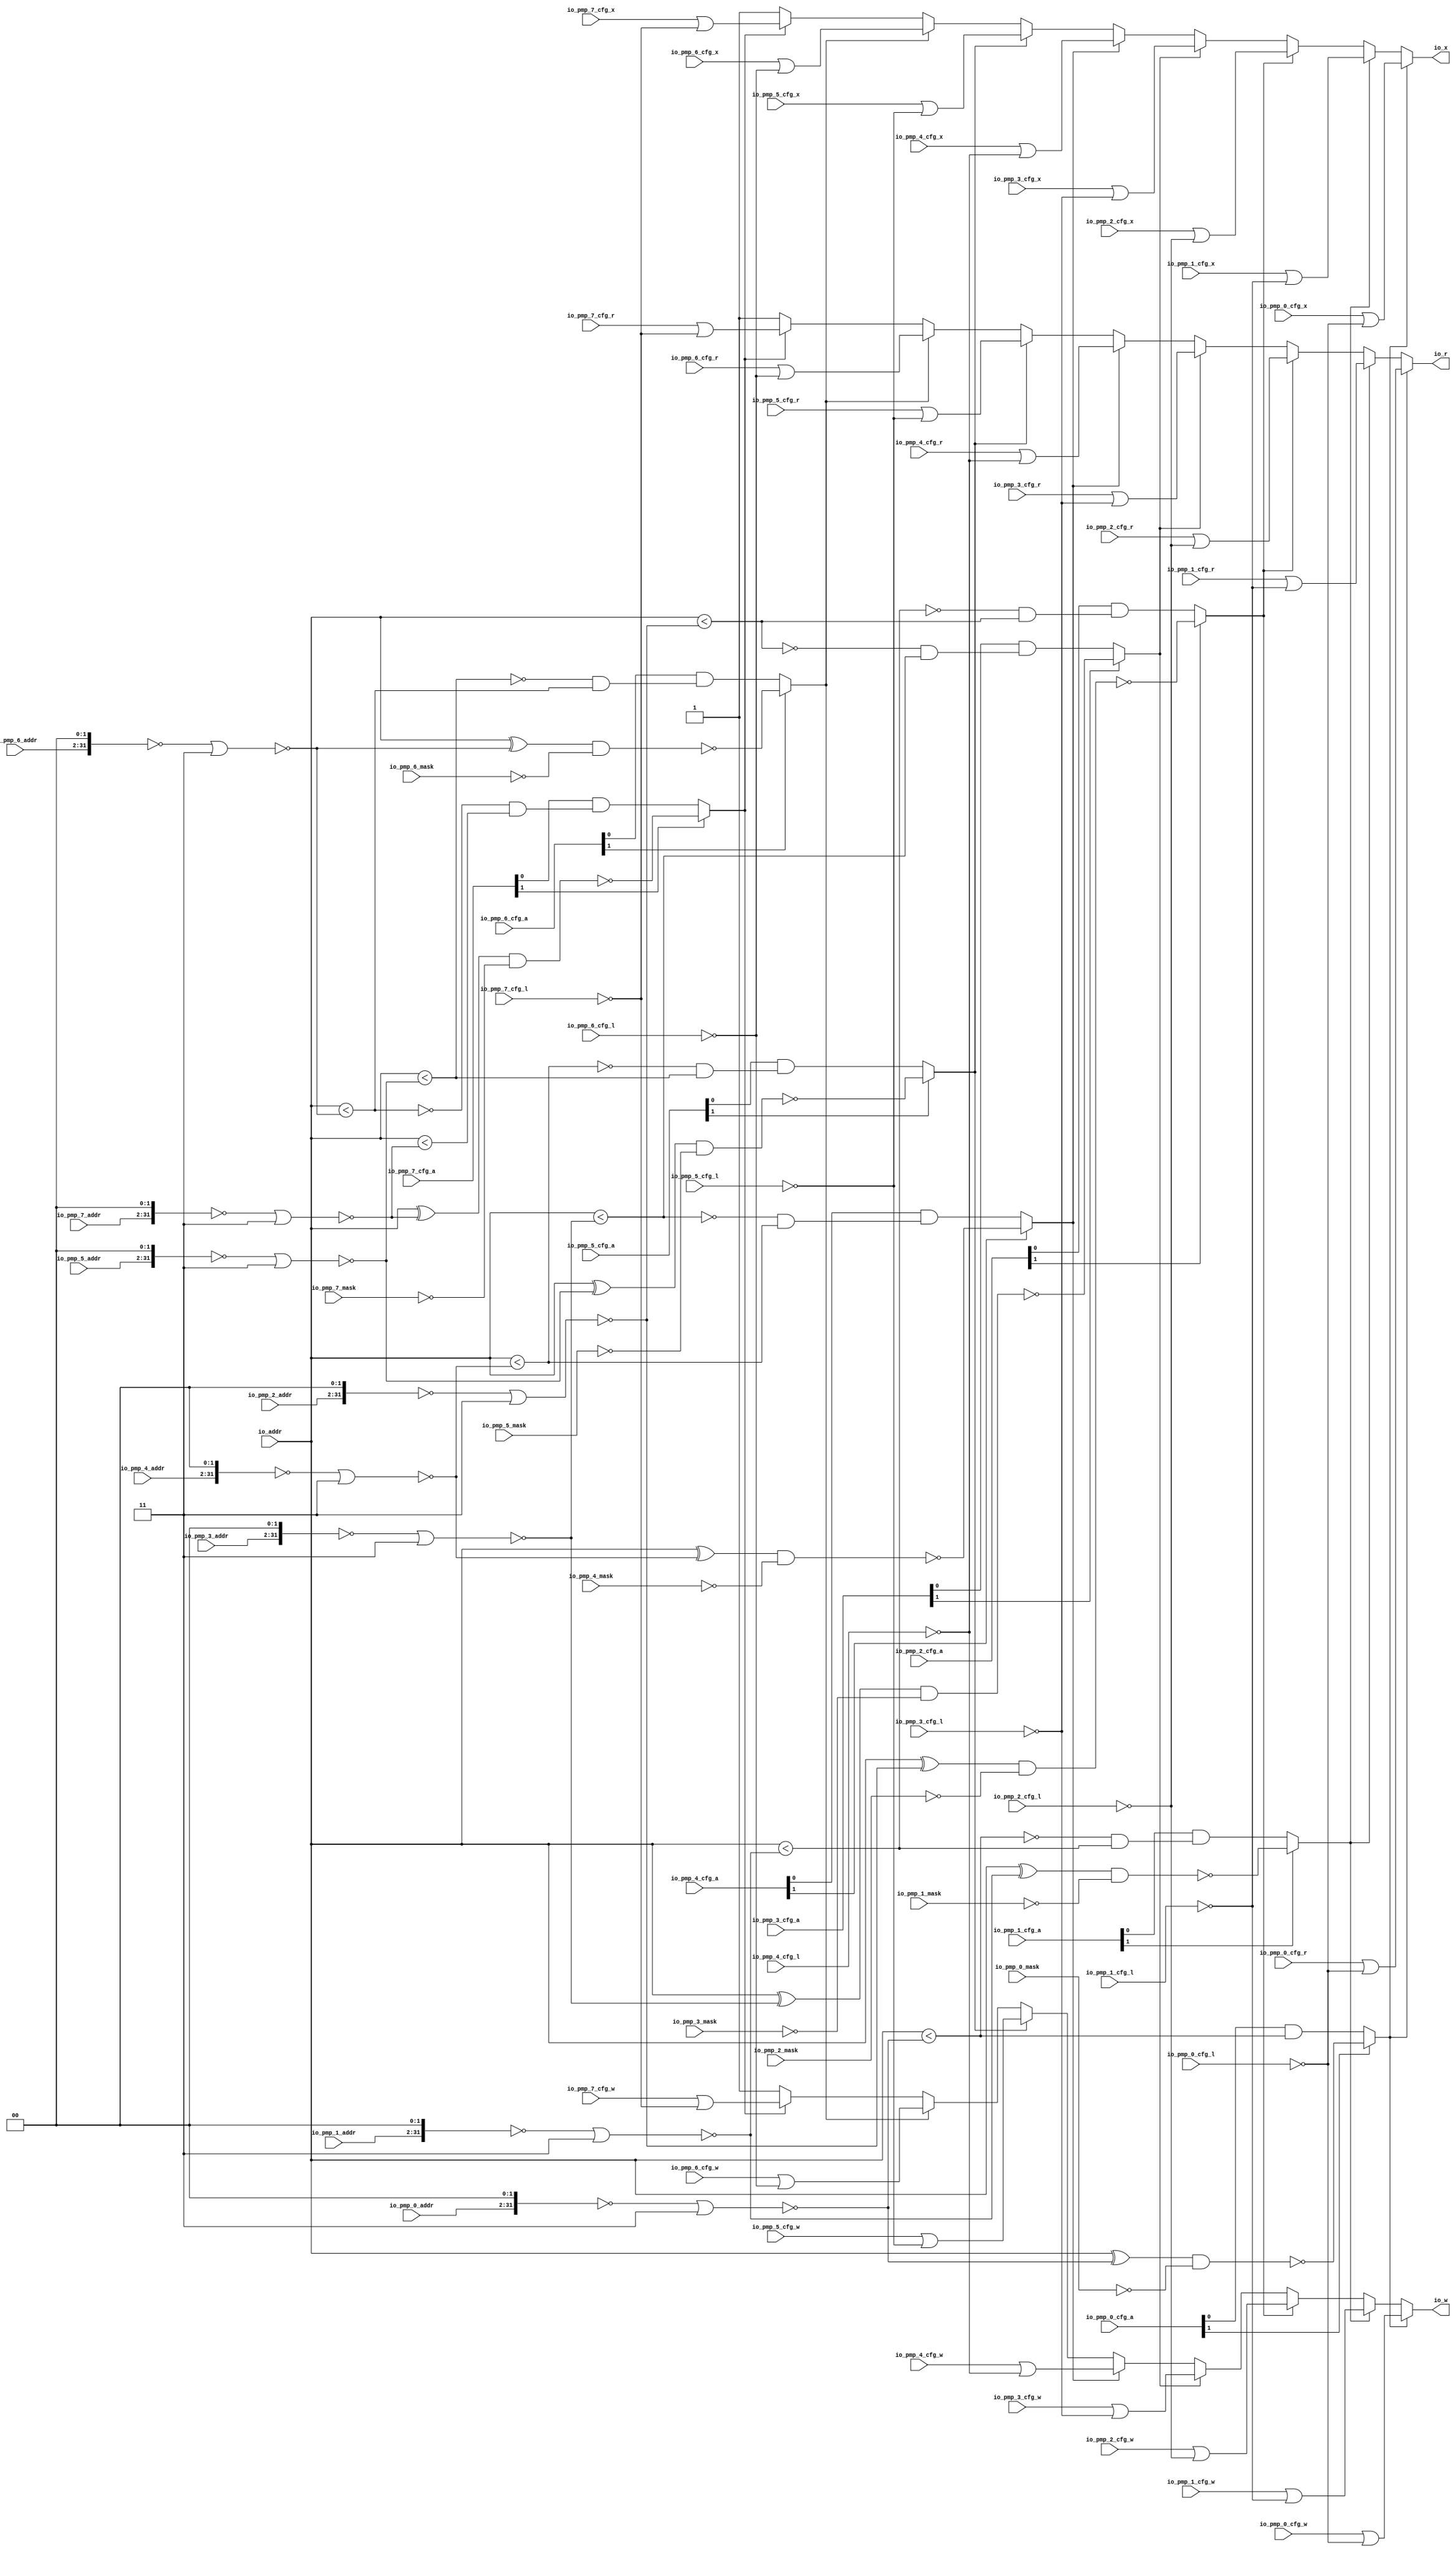
// This program was cloned from: https://github.com/NYU-MLDA/OpenABC
// License: BSD 3-Clause "New" or "Revised" License

module PMPChecker( // @[:freechips.rocketchip.system.TinyConfig.fir@103215.2]
  input         io_pmp_0_cfg_l, // @[:freechips.rocketchip.system.TinyConfig.fir@103218.4]
  input  [1:0]  io_pmp_0_cfg_a, // @[:freechips.rocketchip.system.TinyConfig.fir@103218.4]
  input         io_pmp_0_cfg_x, // @[:freechips.rocketchip.system.TinyConfig.fir@103218.4]
  input         io_pmp_0_cfg_w, // @[:freechips.rocketchip.system.TinyConfig.fir@103218.4]
  input         io_pmp_0_cfg_r, // @[:freechips.rocketchip.system.TinyConfig.fir@103218.4]
  input  [29:0] io_pmp_0_addr, // @[:freechips.rocketchip.system.TinyConfig.fir@103218.4]
  input  [31:0] io_pmp_0_mask, // @[:freechips.rocketchip.system.TinyConfig.fir@103218.4]
  input         io_pmp_1_cfg_l, // @[:freechips.rocketchip.system.TinyConfig.fir@103218.4]
  input  [1:0]  io_pmp_1_cfg_a, // @[:freechips.rocketchip.system.TinyConfig.fir@103218.4]
  input         io_pmp_1_cfg_x, // @[:freechips.rocketchip.system.TinyConfig.fir@103218.4]
  input         io_pmp_1_cfg_w, // @[:freechips.rocketchip.system.TinyConfig.fir@103218.4]
  input         io_pmp_1_cfg_r, // @[:freechips.rocketchip.system.TinyConfig.fir@103218.4]
  input  [29:0] io_pmp_1_addr, // @[:freechips.rocketchip.system.TinyConfig.fir@103218.4]
  input  [31:0] io_pmp_1_mask, // @[:freechips.rocketchip.system.TinyConfig.fir@103218.4]
  input         io_pmp_2_cfg_l, // @[:freechips.rocketchip.system.TinyConfig.fir@103218.4]
  input  [1:0]  io_pmp_2_cfg_a, // @[:freechips.rocketchip.system.TinyConfig.fir@103218.4]
  input         io_pmp_2_cfg_x, // @[:freechips.rocketchip.system.TinyConfig.fir@103218.4]
  input         io_pmp_2_cfg_w, // @[:freechips.rocketchip.system.TinyConfig.fir@103218.4]
  input         io_pmp_2_cfg_r, // @[:freechips.rocketchip.system.TinyConfig.fir@103218.4]
  input  [29:0] io_pmp_2_addr, // @[:freechips.rocketchip.system.TinyConfig.fir@103218.4]
  input  [31:0] io_pmp_2_mask, // @[:freechips.rocketchip.system.TinyConfig.fir@103218.4]
  input         io_pmp_3_cfg_l, // @[:freechips.rocketchip.system.TinyConfig.fir@103218.4]
  input  [1:0]  io_pmp_3_cfg_a, // @[:freechips.rocketchip.system.TinyConfig.fir@103218.4]
  input         io_pmp_3_cfg_x, // @[:freechips.rocketchip.system.TinyConfig.fir@103218.4]
  input         io_pmp_3_cfg_w, // @[:freechips.rocketchip.system.TinyConfig.fir@103218.4]
  input         io_pmp_3_cfg_r, // @[:freechips.rocketchip.system.TinyConfig.fir@103218.4]
  input  [29:0] io_pmp_3_addr, // @[:freechips.rocketchip.system.TinyConfig.fir@103218.4]
  input  [31:0] io_pmp_3_mask, // @[:freechips.rocketchip.system.TinyConfig.fir@103218.4]
  input         io_pmp_4_cfg_l, // @[:freechips.rocketchip.system.TinyConfig.fir@103218.4]
  input  [1:0]  io_pmp_4_cfg_a, // @[:freechips.rocketchip.system.TinyConfig.fir@103218.4]
  input         io_pmp_4_cfg_x, // @[:freechips.rocketchip.system.TinyConfig.fir@103218.4]
  input         io_pmp_4_cfg_w, // @[:freechips.rocketchip.system.TinyConfig.fir@103218.4]
  input         io_pmp_4_cfg_r, // @[:freechips.rocketchip.system.TinyConfig.fir@103218.4]
  input  [29:0] io_pmp_4_addr, // @[:freechips.rocketchip.system.TinyConfig.fir@103218.4]
  input  [31:0] io_pmp_4_mask, // @[:freechips.rocketchip.system.TinyConfig.fir@103218.4]
  input         io_pmp_5_cfg_l, // @[:freechips.rocketchip.system.TinyConfig.fir@103218.4]
  input  [1:0]  io_pmp_5_cfg_a, // @[:freechips.rocketchip.system.TinyConfig.fir@103218.4]
  input         io_pmp_5_cfg_x, // @[:freechips.rocketchip.system.TinyConfig.fir@103218.4]
  input         io_pmp_5_cfg_w, // @[:freechips.rocketchip.system.TinyConfig.fir@103218.4]
  input         io_pmp_5_cfg_r, // @[:freechips.rocketchip.system.TinyConfig.fir@103218.4]
  input  [29:0] io_pmp_5_addr, // @[:freechips.rocketchip.system.TinyConfig.fir@103218.4]
  input  [31:0] io_pmp_5_mask, // @[:freechips.rocketchip.system.TinyConfig.fir@103218.4]
  input         io_pmp_6_cfg_l, // @[:freechips.rocketchip.system.TinyConfig.fir@103218.4]
  input  [1:0]  io_pmp_6_cfg_a, // @[:freechips.rocketchip.system.TinyConfig.fir@103218.4]
  input         io_pmp_6_cfg_x, // @[:freechips.rocketchip.system.TinyConfig.fir@103218.4]
  input         io_pmp_6_cfg_w, // @[:freechips.rocketchip.system.TinyConfig.fir@103218.4]
  input         io_pmp_6_cfg_r, // @[:freechips.rocketchip.system.TinyConfig.fir@103218.4]
  input  [29:0] io_pmp_6_addr, // @[:freechips.rocketchip.system.TinyConfig.fir@103218.4]
  input  [31:0] io_pmp_6_mask, // @[:freechips.rocketchip.system.TinyConfig.fir@103218.4]
  input         io_pmp_7_cfg_l, // @[:freechips.rocketchip.system.TinyConfig.fir@103218.4]
  input  [1:0]  io_pmp_7_cfg_a, // @[:freechips.rocketchip.system.TinyConfig.fir@103218.4]
  input         io_pmp_7_cfg_x, // @[:freechips.rocketchip.system.TinyConfig.fir@103218.4]
  input         io_pmp_7_cfg_w, // @[:freechips.rocketchip.system.TinyConfig.fir@103218.4]
  input         io_pmp_7_cfg_r, // @[:freechips.rocketchip.system.TinyConfig.fir@103218.4]
  input  [29:0] io_pmp_7_addr, // @[:freechips.rocketchip.system.TinyConfig.fir@103218.4]
  input  [31:0] io_pmp_7_mask, // @[:freechips.rocketchip.system.TinyConfig.fir@103218.4]
  input  [31:0] io_addr, // @[:freechips.rocketchip.system.TinyConfig.fir@103218.4]
  output        io_r, // @[:freechips.rocketchip.system.TinyConfig.fir@103218.4]
  output        io_w, // @[:freechips.rocketchip.system.TinyConfig.fir@103218.4]
  output        io_x // @[:freechips.rocketchip.system.TinyConfig.fir@103218.4]
);
  wire  _T_10; // @[PMP.scala 45:20:freechips.rocketchip.system.TinyConfig.fir@103251.4]
  wire [31:0] _T_11; // @[PMP.scala 60:36:freechips.rocketchip.system.TinyConfig.fir@103252.4]
  wire [31:0] _T_12; // @[PMP.scala 60:29:freechips.rocketchip.system.TinyConfig.fir@103253.4]
  wire [31:0] _T_13; // @[PMP.scala 60:48:freechips.rocketchip.system.TinyConfig.fir@103254.4]
  wire [31:0] _T_14; // @[PMP.scala 60:27:freechips.rocketchip.system.TinyConfig.fir@103255.4]
  wire [31:0] _T_15; // @[PMP.scala 63:47:freechips.rocketchip.system.TinyConfig.fir@103256.4]
  wire [31:0] _T_16; // @[PMP.scala 63:54:freechips.rocketchip.system.TinyConfig.fir@103257.4]
  wire [31:0] _T_17; // @[PMP.scala 63:52:freechips.rocketchip.system.TinyConfig.fir@103258.4]
  wire  _T_18; // @[PMP.scala 63:58:freechips.rocketchip.system.TinyConfig.fir@103259.4]
  wire  _T_19; // @[PMP.scala 46:26:freechips.rocketchip.system.TinyConfig.fir@103260.4]
  wire [31:0] _T_24; // @[PMP.scala 60:36:freechips.rocketchip.system.TinyConfig.fir@103265.4]
  wire [31:0] _T_25; // @[PMP.scala 60:29:freechips.rocketchip.system.TinyConfig.fir@103266.4]
  wire [31:0] _T_26; // @[PMP.scala 60:48:freechips.rocketchip.system.TinyConfig.fir@103267.4]
  wire [31:0] _T_27; // @[PMP.scala 60:27:freechips.rocketchip.system.TinyConfig.fir@103268.4]
  wire  _T_28; // @[PMP.scala 77:9:freechips.rocketchip.system.TinyConfig.fir@103269.4]
  wire  _T_29; // @[PMP.scala 88:5:freechips.rocketchip.system.TinyConfig.fir@103270.4]
  wire  _T_34; // @[PMP.scala 77:9:freechips.rocketchip.system.TinyConfig.fir@103275.4]
  wire  _T_35; // @[PMP.scala 94:48:freechips.rocketchip.system.TinyConfig.fir@103276.4]
  wire  _T_36; // @[PMP.scala 132:61:freechips.rocketchip.system.TinyConfig.fir@103277.4]
  wire  _T_37; // @[PMP.scala 132:8:freechips.rocketchip.system.TinyConfig.fir@103278.4]
  wire  _T_38; // @[PMP.scala 163:29:freechips.rocketchip.system.TinyConfig.fir@103279.4]
  wire  _T_91; // @[PMP.scala 181:40:freechips.rocketchip.system.TinyConfig.fir@103334.4]
  wire  _T_93; // @[PMP.scala 182:40:freechips.rocketchip.system.TinyConfig.fir@103337.4]
  wire  _T_95; // @[PMP.scala 183:40:freechips.rocketchip.system.TinyConfig.fir@103340.4]
  wire  _T_97_cfg_x; // @[PMP.scala 184:8:freechips.rocketchip.system.TinyConfig.fir@103343.4]
  wire  _T_97_cfg_w; // @[PMP.scala 184:8:freechips.rocketchip.system.TinyConfig.fir@103343.4]
  wire  _T_97_cfg_r; // @[PMP.scala 184:8:freechips.rocketchip.system.TinyConfig.fir@103343.4]
  wire  _T_98; // @[PMP.scala 45:20:freechips.rocketchip.system.TinyConfig.fir@103344.4]
  wire [31:0] _T_103; // @[PMP.scala 63:47:freechips.rocketchip.system.TinyConfig.fir@103349.4]
  wire [31:0] _T_104; // @[PMP.scala 63:54:freechips.rocketchip.system.TinyConfig.fir@103350.4]
  wire [31:0] _T_105; // @[PMP.scala 63:52:freechips.rocketchip.system.TinyConfig.fir@103351.4]
  wire  _T_106; // @[PMP.scala 63:58:freechips.rocketchip.system.TinyConfig.fir@103352.4]
  wire  _T_107; // @[PMP.scala 46:26:freechips.rocketchip.system.TinyConfig.fir@103353.4]
  wire [31:0] _T_112; // @[PMP.scala 60:36:freechips.rocketchip.system.TinyConfig.fir@103358.4]
  wire [31:0] _T_113; // @[PMP.scala 60:29:freechips.rocketchip.system.TinyConfig.fir@103359.4]
  wire [31:0] _T_114; // @[PMP.scala 60:48:freechips.rocketchip.system.TinyConfig.fir@103360.4]
  wire [31:0] _T_115; // @[PMP.scala 60:27:freechips.rocketchip.system.TinyConfig.fir@103361.4]
  wire  _T_116; // @[PMP.scala 77:9:freechips.rocketchip.system.TinyConfig.fir@103362.4]
  wire  _T_117; // @[PMP.scala 88:5:freechips.rocketchip.system.TinyConfig.fir@103363.4]
  wire  _T_123; // @[PMP.scala 94:48:freechips.rocketchip.system.TinyConfig.fir@103369.4]
  wire  _T_124; // @[PMP.scala 132:61:freechips.rocketchip.system.TinyConfig.fir@103370.4]
  wire  _T_125; // @[PMP.scala 132:8:freechips.rocketchip.system.TinyConfig.fir@103371.4]
  wire  _T_126; // @[PMP.scala 163:29:freechips.rocketchip.system.TinyConfig.fir@103372.4]
  wire  _T_179; // @[PMP.scala 181:40:freechips.rocketchip.system.TinyConfig.fir@103427.4]
  wire  _T_181; // @[PMP.scala 182:40:freechips.rocketchip.system.TinyConfig.fir@103430.4]
  wire  _T_183; // @[PMP.scala 183:40:freechips.rocketchip.system.TinyConfig.fir@103433.4]
  wire  _T_185_cfg_x; // @[PMP.scala 184:8:freechips.rocketchip.system.TinyConfig.fir@103436.4]
  wire  _T_185_cfg_w; // @[PMP.scala 184:8:freechips.rocketchip.system.TinyConfig.fir@103436.4]
  wire  _T_185_cfg_r; // @[PMP.scala 184:8:freechips.rocketchip.system.TinyConfig.fir@103436.4]
  wire  _T_186; // @[PMP.scala 45:20:freechips.rocketchip.system.TinyConfig.fir@103437.4]
  wire [31:0] _T_191; // @[PMP.scala 63:47:freechips.rocketchip.system.TinyConfig.fir@103442.4]
  wire [31:0] _T_192; // @[PMP.scala 63:54:freechips.rocketchip.system.TinyConfig.fir@103443.4]
  wire [31:0] _T_193; // @[PMP.scala 63:52:freechips.rocketchip.system.TinyConfig.fir@103444.4]
  wire  _T_194; // @[PMP.scala 63:58:freechips.rocketchip.system.TinyConfig.fir@103445.4]
  wire  _T_195; // @[PMP.scala 46:26:freechips.rocketchip.system.TinyConfig.fir@103446.4]
  wire [31:0] _T_200; // @[PMP.scala 60:36:freechips.rocketchip.system.TinyConfig.fir@103451.4]
  wire [31:0] _T_201; // @[PMP.scala 60:29:freechips.rocketchip.system.TinyConfig.fir@103452.4]
  wire [31:0] _T_202; // @[PMP.scala 60:48:freechips.rocketchip.system.TinyConfig.fir@103453.4]
  wire [31:0] _T_203; // @[PMP.scala 60:27:freechips.rocketchip.system.TinyConfig.fir@103454.4]
  wire  _T_204; // @[PMP.scala 77:9:freechips.rocketchip.system.TinyConfig.fir@103455.4]
  wire  _T_205; // @[PMP.scala 88:5:freechips.rocketchip.system.TinyConfig.fir@103456.4]
  wire  _T_211; // @[PMP.scala 94:48:freechips.rocketchip.system.TinyConfig.fir@103462.4]
  wire  _T_212; // @[PMP.scala 132:61:freechips.rocketchip.system.TinyConfig.fir@103463.4]
  wire  _T_213; // @[PMP.scala 132:8:freechips.rocketchip.system.TinyConfig.fir@103464.4]
  wire  _T_214; // @[PMP.scala 163:29:freechips.rocketchip.system.TinyConfig.fir@103465.4]
  wire  _T_267; // @[PMP.scala 181:40:freechips.rocketchip.system.TinyConfig.fir@103520.4]
  wire  _T_269; // @[PMP.scala 182:40:freechips.rocketchip.system.TinyConfig.fir@103523.4]
  wire  _T_271; // @[PMP.scala 183:40:freechips.rocketchip.system.TinyConfig.fir@103526.4]
  wire  _T_273_cfg_x; // @[PMP.scala 184:8:freechips.rocketchip.system.TinyConfig.fir@103529.4]
  wire  _T_273_cfg_w; // @[PMP.scala 184:8:freechips.rocketchip.system.TinyConfig.fir@103529.4]
  wire  _T_273_cfg_r; // @[PMP.scala 184:8:freechips.rocketchip.system.TinyConfig.fir@103529.4]
  wire  _T_274; // @[PMP.scala 45:20:freechips.rocketchip.system.TinyConfig.fir@103530.4]
  wire [31:0] _T_279; // @[PMP.scala 63:47:freechips.rocketchip.system.TinyConfig.fir@103535.4]
  wire [31:0] _T_280; // @[PMP.scala 63:54:freechips.rocketchip.system.TinyConfig.fir@103536.4]
  wire [31:0] _T_281; // @[PMP.scala 63:52:freechips.rocketchip.system.TinyConfig.fir@103537.4]
  wire  _T_282; // @[PMP.scala 63:58:freechips.rocketchip.system.TinyConfig.fir@103538.4]
  wire  _T_283; // @[PMP.scala 46:26:freechips.rocketchip.system.TinyConfig.fir@103539.4]
  wire [31:0] _T_288; // @[PMP.scala 60:36:freechips.rocketchip.system.TinyConfig.fir@103544.4]
  wire [31:0] _T_289; // @[PMP.scala 60:29:freechips.rocketchip.system.TinyConfig.fir@103545.4]
  wire [31:0] _T_290; // @[PMP.scala 60:48:freechips.rocketchip.system.TinyConfig.fir@103546.4]
  wire [31:0] _T_291; // @[PMP.scala 60:27:freechips.rocketchip.system.TinyConfig.fir@103547.4]
  wire  _T_292; // @[PMP.scala 77:9:freechips.rocketchip.system.TinyConfig.fir@103548.4]
  wire  _T_293; // @[PMP.scala 88:5:freechips.rocketchip.system.TinyConfig.fir@103549.4]
  wire  _T_299; // @[PMP.scala 94:48:freechips.rocketchip.system.TinyConfig.fir@103555.4]
  wire  _T_300; // @[PMP.scala 132:61:freechips.rocketchip.system.TinyConfig.fir@103556.4]
  wire  _T_301; // @[PMP.scala 132:8:freechips.rocketchip.system.TinyConfig.fir@103557.4]
  wire  _T_302; // @[PMP.scala 163:29:freechips.rocketchip.system.TinyConfig.fir@103558.4]
  wire  _T_355; // @[PMP.scala 181:40:freechips.rocketchip.system.TinyConfig.fir@103613.4]
  wire  _T_357; // @[PMP.scala 182:40:freechips.rocketchip.system.TinyConfig.fir@103616.4]
  wire  _T_359; // @[PMP.scala 183:40:freechips.rocketchip.system.TinyConfig.fir@103619.4]
  wire  _T_361_cfg_x; // @[PMP.scala 184:8:freechips.rocketchip.system.TinyConfig.fir@103622.4]
  wire  _T_361_cfg_w; // @[PMP.scala 184:8:freechips.rocketchip.system.TinyConfig.fir@103622.4]
  wire  _T_361_cfg_r; // @[PMP.scala 184:8:freechips.rocketchip.system.TinyConfig.fir@103622.4]
  wire  _T_362; // @[PMP.scala 45:20:freechips.rocketchip.system.TinyConfig.fir@103623.4]
  wire [31:0] _T_367; // @[PMP.scala 63:47:freechips.rocketchip.system.TinyConfig.fir@103628.4]
  wire [31:0] _T_368; // @[PMP.scala 63:54:freechips.rocketchip.system.TinyConfig.fir@103629.4]
  wire [31:0] _T_369; // @[PMP.scala 63:52:freechips.rocketchip.system.TinyConfig.fir@103630.4]
  wire  _T_370; // @[PMP.scala 63:58:freechips.rocketchip.system.TinyConfig.fir@103631.4]
  wire  _T_371; // @[PMP.scala 46:26:freechips.rocketchip.system.TinyConfig.fir@103632.4]
  wire [31:0] _T_376; // @[PMP.scala 60:36:freechips.rocketchip.system.TinyConfig.fir@103637.4]
  wire [31:0] _T_377; // @[PMP.scala 60:29:freechips.rocketchip.system.TinyConfig.fir@103638.4]
  wire [31:0] _T_378; // @[PMP.scala 60:48:freechips.rocketchip.system.TinyConfig.fir@103639.4]
  wire [31:0] _T_379; // @[PMP.scala 60:27:freechips.rocketchip.system.TinyConfig.fir@103640.4]
  wire  _T_380; // @[PMP.scala 77:9:freechips.rocketchip.system.TinyConfig.fir@103641.4]
  wire  _T_381; // @[PMP.scala 88:5:freechips.rocketchip.system.TinyConfig.fir@103642.4]
  wire  _T_387; // @[PMP.scala 94:48:freechips.rocketchip.system.TinyConfig.fir@103648.4]
  wire  _T_388; // @[PMP.scala 132:61:freechips.rocketchip.system.TinyConfig.fir@103649.4]
  wire  _T_389; // @[PMP.scala 132:8:freechips.rocketchip.system.TinyConfig.fir@103650.4]
  wire  _T_390; // @[PMP.scala 163:29:freechips.rocketchip.system.TinyConfig.fir@103651.4]
  wire  _T_443; // @[PMP.scala 181:40:freechips.rocketchip.system.TinyConfig.fir@103706.4]
  wire  _T_445; // @[PMP.scala 182:40:freechips.rocketchip.system.TinyConfig.fir@103709.4]
  wire  _T_447; // @[PMP.scala 183:40:freechips.rocketchip.system.TinyConfig.fir@103712.4]
  wire  _T_449_cfg_x; // @[PMP.scala 184:8:freechips.rocketchip.system.TinyConfig.fir@103715.4]
  wire  _T_449_cfg_w; // @[PMP.scala 184:8:freechips.rocketchip.system.TinyConfig.fir@103715.4]
  wire  _T_449_cfg_r; // @[PMP.scala 184:8:freechips.rocketchip.system.TinyConfig.fir@103715.4]
  wire  _T_450; // @[PMP.scala 45:20:freechips.rocketchip.system.TinyConfig.fir@103716.4]
  wire [31:0] _T_455; // @[PMP.scala 63:47:freechips.rocketchip.system.TinyConfig.fir@103721.4]
  wire [31:0] _T_456; // @[PMP.scala 63:54:freechips.rocketchip.system.TinyConfig.fir@103722.4]
  wire [31:0] _T_457; // @[PMP.scala 63:52:freechips.rocketchip.system.TinyConfig.fir@103723.4]
  wire  _T_458; // @[PMP.scala 63:58:freechips.rocketchip.system.TinyConfig.fir@103724.4]
  wire  _T_459; // @[PMP.scala 46:26:freechips.rocketchip.system.TinyConfig.fir@103725.4]
  wire [31:0] _T_464; // @[PMP.scala 60:36:freechips.rocketchip.system.TinyConfig.fir@103730.4]
  wire [31:0] _T_465; // @[PMP.scala 60:29:freechips.rocketchip.system.TinyConfig.fir@103731.4]
  wire [31:0] _T_466; // @[PMP.scala 60:48:freechips.rocketchip.system.TinyConfig.fir@103732.4]
  wire [31:0] _T_467; // @[PMP.scala 60:27:freechips.rocketchip.system.TinyConfig.fir@103733.4]
  wire  _T_468; // @[PMP.scala 77:9:freechips.rocketchip.system.TinyConfig.fir@103734.4]
  wire  _T_469; // @[PMP.scala 88:5:freechips.rocketchip.system.TinyConfig.fir@103735.4]
  wire  _T_475; // @[PMP.scala 94:48:freechips.rocketchip.system.TinyConfig.fir@103741.4]
  wire  _T_476; // @[PMP.scala 132:61:freechips.rocketchip.system.TinyConfig.fir@103742.4]
  wire  _T_477; // @[PMP.scala 132:8:freechips.rocketchip.system.TinyConfig.fir@103743.4]
  wire  _T_478; // @[PMP.scala 163:29:freechips.rocketchip.system.TinyConfig.fir@103744.4]
  wire  _T_531; // @[PMP.scala 181:40:freechips.rocketchip.system.TinyConfig.fir@103799.4]
  wire  _T_533; // @[PMP.scala 182:40:freechips.rocketchip.system.TinyConfig.fir@103802.4]
  wire  _T_535; // @[PMP.scala 183:40:freechips.rocketchip.system.TinyConfig.fir@103805.4]
  wire  _T_537_cfg_x; // @[PMP.scala 184:8:freechips.rocketchip.system.TinyConfig.fir@103808.4]
  wire  _T_537_cfg_w; // @[PMP.scala 184:8:freechips.rocketchip.system.TinyConfig.fir@103808.4]
  wire  _T_537_cfg_r; // @[PMP.scala 184:8:freechips.rocketchip.system.TinyConfig.fir@103808.4]
  wire  _T_538; // @[PMP.scala 45:20:freechips.rocketchip.system.TinyConfig.fir@103809.4]
  wire [31:0] _T_543; // @[PMP.scala 63:47:freechips.rocketchip.system.TinyConfig.fir@103814.4]
  wire [31:0] _T_544; // @[PMP.scala 63:54:freechips.rocketchip.system.TinyConfig.fir@103815.4]
  wire [31:0] _T_545; // @[PMP.scala 63:52:freechips.rocketchip.system.TinyConfig.fir@103816.4]
  wire  _T_546; // @[PMP.scala 63:58:freechips.rocketchip.system.TinyConfig.fir@103817.4]
  wire  _T_547; // @[PMP.scala 46:26:freechips.rocketchip.system.TinyConfig.fir@103818.4]
  wire [31:0] _T_552; // @[PMP.scala 60:36:freechips.rocketchip.system.TinyConfig.fir@103823.4]
  wire [31:0] _T_553; // @[PMP.scala 60:29:freechips.rocketchip.system.TinyConfig.fir@103824.4]
  wire [31:0] _T_554; // @[PMP.scala 60:48:freechips.rocketchip.system.TinyConfig.fir@103825.4]
  wire [31:0] _T_555; // @[PMP.scala 60:27:freechips.rocketchip.system.TinyConfig.fir@103826.4]
  wire  _T_556; // @[PMP.scala 77:9:freechips.rocketchip.system.TinyConfig.fir@103827.4]
  wire  _T_557; // @[PMP.scala 88:5:freechips.rocketchip.system.TinyConfig.fir@103828.4]
  wire  _T_563; // @[PMP.scala 94:48:freechips.rocketchip.system.TinyConfig.fir@103834.4]
  wire  _T_564; // @[PMP.scala 132:61:freechips.rocketchip.system.TinyConfig.fir@103835.4]
  wire  _T_565; // @[PMP.scala 132:8:freechips.rocketchip.system.TinyConfig.fir@103836.4]
  wire  _T_566; // @[PMP.scala 163:29:freechips.rocketchip.system.TinyConfig.fir@103837.4]
  wire  _T_619; // @[PMP.scala 181:40:freechips.rocketchip.system.TinyConfig.fir@103892.4]
  wire  _T_621; // @[PMP.scala 182:40:freechips.rocketchip.system.TinyConfig.fir@103895.4]
  wire  _T_623; // @[PMP.scala 183:40:freechips.rocketchip.system.TinyConfig.fir@103898.4]
  wire  _T_625_cfg_x; // @[PMP.scala 184:8:freechips.rocketchip.system.TinyConfig.fir@103901.4]
  wire  _T_625_cfg_w; // @[PMP.scala 184:8:freechips.rocketchip.system.TinyConfig.fir@103901.4]
  wire  _T_625_cfg_r; // @[PMP.scala 184:8:freechips.rocketchip.system.TinyConfig.fir@103901.4]
  wire  _T_626; // @[PMP.scala 45:20:freechips.rocketchip.system.TinyConfig.fir@103902.4]
  wire [31:0] _T_631; // @[PMP.scala 63:47:freechips.rocketchip.system.TinyConfig.fir@103907.4]
  wire [31:0] _T_632; // @[PMP.scala 63:54:freechips.rocketchip.system.TinyConfig.fir@103908.4]
  wire [31:0] _T_633; // @[PMP.scala 63:52:freechips.rocketchip.system.TinyConfig.fir@103909.4]
  wire  _T_634; // @[PMP.scala 63:58:freechips.rocketchip.system.TinyConfig.fir@103910.4]
  wire  _T_635; // @[PMP.scala 46:26:freechips.rocketchip.system.TinyConfig.fir@103911.4]
  wire  _T_652; // @[PMP.scala 132:61:freechips.rocketchip.system.TinyConfig.fir@103928.4]
  wire  _T_653; // @[PMP.scala 132:8:freechips.rocketchip.system.TinyConfig.fir@103929.4]
  wire  _T_654; // @[PMP.scala 163:29:freechips.rocketchip.system.TinyConfig.fir@103930.4]
  wire  _T_707; // @[PMP.scala 181:40:freechips.rocketchip.system.TinyConfig.fir@103985.4]
  wire  _T_709; // @[PMP.scala 182:40:freechips.rocketchip.system.TinyConfig.fir@103988.4]
  wire  _T_711; // @[PMP.scala 183:40:freechips.rocketchip.system.TinyConfig.fir@103991.4]
  assign _T_10 = io_pmp_7_cfg_a[1]; // @[PMP.scala 45:20:freechips.rocketchip.system.TinyConfig.fir@103251.4]
  assign _T_11 = {io_pmp_7_addr, 2'h0}; // @[PMP.scala 60:36:freechips.rocketchip.system.TinyConfig.fir@103252.4]
  assign _T_12 = ~ _T_11; // @[PMP.scala 60:29:freechips.rocketchip.system.TinyConfig.fir@103253.4]
  assign _T_13 = _T_12 | 32'h3; // @[PMP.scala 60:48:freechips.rocketchip.system.TinyConfig.fir@103254.4]
  assign _T_14 = ~ _T_13; // @[PMP.scala 60:27:freechips.rocketchip.system.TinyConfig.fir@103255.4]
  assign _T_15 = io_addr ^ _T_14; // @[PMP.scala 63:47:freechips.rocketchip.system.TinyConfig.fir@103256.4]
  assign _T_16 = ~ io_pmp_7_mask; // @[PMP.scala 63:54:freechips.rocketchip.system.TinyConfig.fir@103257.4]
  assign _T_17 = _T_15 & _T_16; // @[PMP.scala 63:52:freechips.rocketchip.system.TinyConfig.fir@103258.4]
  assign _T_18 = _T_17 == 32'h0; // @[PMP.scala 63:58:freechips.rocketchip.system.TinyConfig.fir@103259.4]
  assign _T_19 = io_pmp_7_cfg_a[0]; // @[PMP.scala 46:26:freechips.rocketchip.system.TinyConfig.fir@103260.4]
  assign _T_24 = {io_pmp_6_addr, 2'h0}; // @[PMP.scala 60:36:freechips.rocketchip.system.TinyConfig.fir@103265.4]
  assign _T_25 = ~ _T_24; // @[PMP.scala 60:29:freechips.rocketchip.system.TinyConfig.fir@103266.4]
  assign _T_26 = _T_25 | 32'h3; // @[PMP.scala 60:48:freechips.rocketchip.system.TinyConfig.fir@103267.4]
  assign _T_27 = ~ _T_26; // @[PMP.scala 60:27:freechips.rocketchip.system.TinyConfig.fir@103268.4]
  assign _T_28 = io_addr < _T_27; // @[PMP.scala 77:9:freechips.rocketchip.system.TinyConfig.fir@103269.4]
  assign _T_29 = _T_28 == 1'h0; // @[PMP.scala 88:5:freechips.rocketchip.system.TinyConfig.fir@103270.4]
  assign _T_34 = io_addr < _T_14; // @[PMP.scala 77:9:freechips.rocketchip.system.TinyConfig.fir@103275.4]
  assign _T_35 = _T_29 & _T_34; // @[PMP.scala 94:48:freechips.rocketchip.system.TinyConfig.fir@103276.4]
  assign _T_36 = _T_19 & _T_35; // @[PMP.scala 132:61:freechips.rocketchip.system.TinyConfig.fir@103277.4]
  assign _T_37 = _T_10 ? _T_18 : _T_36; // @[PMP.scala 132:8:freechips.rocketchip.system.TinyConfig.fir@103278.4]
  assign _T_38 = io_pmp_7_cfg_l == 1'h0; // @[PMP.scala 163:29:freechips.rocketchip.system.TinyConfig.fir@103279.4]
  assign _T_91 = io_pmp_7_cfg_r | _T_38; // @[PMP.scala 181:40:freechips.rocketchip.system.TinyConfig.fir@103334.4]
  assign _T_93 = io_pmp_7_cfg_w | _T_38; // @[PMP.scala 182:40:freechips.rocketchip.system.TinyConfig.fir@103337.4]
  assign _T_95 = io_pmp_7_cfg_x | _T_38; // @[PMP.scala 183:40:freechips.rocketchip.system.TinyConfig.fir@103340.4]
  assign _T_97_cfg_x = _T_37 ? _T_95 : 1'h1; // @[PMP.scala 184:8:freechips.rocketchip.system.TinyConfig.fir@103343.4]
  assign _T_97_cfg_w = _T_37 ? _T_93 : 1'h1; // @[PMP.scala 184:8:freechips.rocketchip.system.TinyConfig.fir@103343.4]
  assign _T_97_cfg_r = _T_37 ? _T_91 : 1'h1; // @[PMP.scala 184:8:freechips.rocketchip.system.TinyConfig.fir@103343.4]
  assign _T_98 = io_pmp_6_cfg_a[1]; // @[PMP.scala 45:20:freechips.rocketchip.system.TinyConfig.fir@103344.4]
  assign _T_103 = io_addr ^ _T_27; // @[PMP.scala 63:47:freechips.rocketchip.system.TinyConfig.fir@103349.4]
  assign _T_104 = ~ io_pmp_6_mask; // @[PMP.scala 63:54:freechips.rocketchip.system.TinyConfig.fir@103350.4]
  assign _T_105 = _T_103 & _T_104; // @[PMP.scala 63:52:freechips.rocketchip.system.TinyConfig.fir@103351.4]
  assign _T_106 = _T_105 == 32'h0; // @[PMP.scala 63:58:freechips.rocketchip.system.TinyConfig.fir@103352.4]
  assign _T_107 = io_pmp_6_cfg_a[0]; // @[PMP.scala 46:26:freechips.rocketchip.system.TinyConfig.fir@103353.4]
  assign _T_112 = {io_pmp_5_addr, 2'h0}; // @[PMP.scala 60:36:freechips.rocketchip.system.TinyConfig.fir@103358.4]
  assign _T_113 = ~ _T_112; // @[PMP.scala 60:29:freechips.rocketchip.system.TinyConfig.fir@103359.4]
  assign _T_114 = _T_113 | 32'h3; // @[PMP.scala 60:48:freechips.rocketchip.system.TinyConfig.fir@103360.4]
  assign _T_115 = ~ _T_114; // @[PMP.scala 60:27:freechips.rocketchip.system.TinyConfig.fir@103361.4]
  assign _T_116 = io_addr < _T_115; // @[PMP.scala 77:9:freechips.rocketchip.system.TinyConfig.fir@103362.4]
  assign _T_117 = _T_116 == 1'h0; // @[PMP.scala 88:5:freechips.rocketchip.system.TinyConfig.fir@103363.4]
  assign _T_123 = _T_117 & _T_28; // @[PMP.scala 94:48:freechips.rocketchip.system.TinyConfig.fir@103369.4]
  assign _T_124 = _T_107 & _T_123; // @[PMP.scala 132:61:freechips.rocketchip.system.TinyConfig.fir@103370.4]
  assign _T_125 = _T_98 ? _T_106 : _T_124; // @[PMP.scala 132:8:freechips.rocketchip.system.TinyConfig.fir@103371.4]
  assign _T_126 = io_pmp_6_cfg_l == 1'h0; // @[PMP.scala 163:29:freechips.rocketchip.system.TinyConfig.fir@103372.4]
  assign _T_179 = io_pmp_6_cfg_r | _T_126; // @[PMP.scala 181:40:freechips.rocketchip.system.TinyConfig.fir@103427.4]
  assign _T_181 = io_pmp_6_cfg_w | _T_126; // @[PMP.scala 182:40:freechips.rocketchip.system.TinyConfig.fir@103430.4]
  assign _T_183 = io_pmp_6_cfg_x | _T_126; // @[PMP.scala 183:40:freechips.rocketchip.system.TinyConfig.fir@103433.4]
  assign _T_185_cfg_x = _T_125 ? _T_183 : _T_97_cfg_x; // @[PMP.scala 184:8:freechips.rocketchip.system.TinyConfig.fir@103436.4]
  assign _T_185_cfg_w = _T_125 ? _T_181 : _T_97_cfg_w; // @[PMP.scala 184:8:freechips.rocketchip.system.TinyConfig.fir@103436.4]
  assign _T_185_cfg_r = _T_125 ? _T_179 : _T_97_cfg_r; // @[PMP.scala 184:8:freechips.rocketchip.system.TinyConfig.fir@103436.4]
  assign _T_186 = io_pmp_5_cfg_a[1]; // @[PMP.scala 45:20:freechips.rocketchip.system.TinyConfig.fir@103437.4]
  assign _T_191 = io_addr ^ _T_115; // @[PMP.scala 63:47:freechips.rocketchip.system.TinyConfig.fir@103442.4]
  assign _T_192 = ~ io_pmp_5_mask; // @[PMP.scala 63:54:freechips.rocketchip.system.TinyConfig.fir@103443.4]
  assign _T_193 = _T_191 & _T_192; // @[PMP.scala 63:52:freechips.rocketchip.system.TinyConfig.fir@103444.4]
  assign _T_194 = _T_193 == 32'h0; // @[PMP.scala 63:58:freechips.rocketchip.system.TinyConfig.fir@103445.4]
  assign _T_195 = io_pmp_5_cfg_a[0]; // @[PMP.scala 46:26:freechips.rocketchip.system.TinyConfig.fir@103446.4]
  assign _T_200 = {io_pmp_4_addr, 2'h0}; // @[PMP.scala 60:36:freechips.rocketchip.system.TinyConfig.fir@103451.4]
  assign _T_201 = ~ _T_200; // @[PMP.scala 60:29:freechips.rocketchip.system.TinyConfig.fir@103452.4]
  assign _T_202 = _T_201 | 32'h3; // @[PMP.scala 60:48:freechips.rocketchip.system.TinyConfig.fir@103453.4]
  assign _T_203 = ~ _T_202; // @[PMP.scala 60:27:freechips.rocketchip.system.TinyConfig.fir@103454.4]
  assign _T_204 = io_addr < _T_203; // @[PMP.scala 77:9:freechips.rocketchip.system.TinyConfig.fir@103455.4]
  assign _T_205 = _T_204 == 1'h0; // @[PMP.scala 88:5:freechips.rocketchip.system.TinyConfig.fir@103456.4]
  assign _T_211 = _T_205 & _T_116; // @[PMP.scala 94:48:freechips.rocketchip.system.TinyConfig.fir@103462.4]
  assign _T_212 = _T_195 & _T_211; // @[PMP.scala 132:61:freechips.rocketchip.system.TinyConfig.fir@103463.4]
  assign _T_213 = _T_186 ? _T_194 : _T_212; // @[PMP.scala 132:8:freechips.rocketchip.system.TinyConfig.fir@103464.4]
  assign _T_214 = io_pmp_5_cfg_l == 1'h0; // @[PMP.scala 163:29:freechips.rocketchip.system.TinyConfig.fir@103465.4]
  assign _T_267 = io_pmp_5_cfg_r | _T_214; // @[PMP.scala 181:40:freechips.rocketchip.system.TinyConfig.fir@103520.4]
  assign _T_269 = io_pmp_5_cfg_w | _T_214; // @[PMP.scala 182:40:freechips.rocketchip.system.TinyConfig.fir@103523.4]
  assign _T_271 = io_pmp_5_cfg_x | _T_214; // @[PMP.scala 183:40:freechips.rocketchip.system.TinyConfig.fir@103526.4]
  assign _T_273_cfg_x = _T_213 ? _T_271 : _T_185_cfg_x; // @[PMP.scala 184:8:freechips.rocketchip.system.TinyConfig.fir@103529.4]
  assign _T_273_cfg_w = _T_213 ? _T_269 : _T_185_cfg_w; // @[PMP.scala 184:8:freechips.rocketchip.system.TinyConfig.fir@103529.4]
  assign _T_273_cfg_r = _T_213 ? _T_267 : _T_185_cfg_r; // @[PMP.scala 184:8:freechips.rocketchip.system.TinyConfig.fir@103529.4]
  assign _T_274 = io_pmp_4_cfg_a[1]; // @[PMP.scala 45:20:freechips.rocketchip.system.TinyConfig.fir@103530.4]
  assign _T_279 = io_addr ^ _T_203; // @[PMP.scala 63:47:freechips.rocketchip.system.TinyConfig.fir@103535.4]
  assign _T_280 = ~ io_pmp_4_mask; // @[PMP.scala 63:54:freechips.rocketchip.system.TinyConfig.fir@103536.4]
  assign _T_281 = _T_279 & _T_280; // @[PMP.scala 63:52:freechips.rocketchip.system.TinyConfig.fir@103537.4]
  assign _T_282 = _T_281 == 32'h0; // @[PMP.scala 63:58:freechips.rocketchip.system.TinyConfig.fir@103538.4]
  assign _T_283 = io_pmp_4_cfg_a[0]; // @[PMP.scala 46:26:freechips.rocketchip.system.TinyConfig.fir@103539.4]
  assign _T_288 = {io_pmp_3_addr, 2'h0}; // @[PMP.scala 60:36:freechips.rocketchip.system.TinyConfig.fir@103544.4]
  assign _T_289 = ~ _T_288; // @[PMP.scala 60:29:freechips.rocketchip.system.TinyConfig.fir@103545.4]
  assign _T_290 = _T_289 | 32'h3; // @[PMP.scala 60:48:freechips.rocketchip.system.TinyConfig.fir@103546.4]
  assign _T_291 = ~ _T_290; // @[PMP.scala 60:27:freechips.rocketchip.system.TinyConfig.fir@103547.4]
  assign _T_292 = io_addr < _T_291; // @[PMP.scala 77:9:freechips.rocketchip.system.TinyConfig.fir@103548.4]
  assign _T_293 = _T_292 == 1'h0; // @[PMP.scala 88:5:freechips.rocketchip.system.TinyConfig.fir@103549.4]
  assign _T_299 = _T_293 & _T_204; // @[PMP.scala 94:48:freechips.rocketchip.system.TinyConfig.fir@103555.4]
  assign _T_300 = _T_283 & _T_299; // @[PMP.scala 132:61:freechips.rocketchip.system.TinyConfig.fir@103556.4]
  assign _T_301 = _T_274 ? _T_282 : _T_300; // @[PMP.scala 132:8:freechips.rocketchip.system.TinyConfig.fir@103557.4]
  assign _T_302 = io_pmp_4_cfg_l == 1'h0; // @[PMP.scala 163:29:freechips.rocketchip.system.TinyConfig.fir@103558.4]
  assign _T_355 = io_pmp_4_cfg_r | _T_302; // @[PMP.scala 181:40:freechips.rocketchip.system.TinyConfig.fir@103613.4]
  assign _T_357 = io_pmp_4_cfg_w | _T_302; // @[PMP.scala 182:40:freechips.rocketchip.system.TinyConfig.fir@103616.4]
  assign _T_359 = io_pmp_4_cfg_x | _T_302; // @[PMP.scala 183:40:freechips.rocketchip.system.TinyConfig.fir@103619.4]
  assign _T_361_cfg_x = _T_301 ? _T_359 : _T_273_cfg_x; // @[PMP.scala 184:8:freechips.rocketchip.system.TinyConfig.fir@103622.4]
  assign _T_361_cfg_w = _T_301 ? _T_357 : _T_273_cfg_w; // @[PMP.scala 184:8:freechips.rocketchip.system.TinyConfig.fir@103622.4]
  assign _T_361_cfg_r = _T_301 ? _T_355 : _T_273_cfg_r; // @[PMP.scala 184:8:freechips.rocketchip.system.TinyConfig.fir@103622.4]
  assign _T_362 = io_pmp_3_cfg_a[1]; // @[PMP.scala 45:20:freechips.rocketchip.system.TinyConfig.fir@103623.4]
  assign _T_367 = io_addr ^ _T_291; // @[PMP.scala 63:47:freechips.rocketchip.system.TinyConfig.fir@103628.4]
  assign _T_368 = ~ io_pmp_3_mask; // @[PMP.scala 63:54:freechips.rocketchip.system.TinyConfig.fir@103629.4]
  assign _T_369 = _T_367 & _T_368; // @[PMP.scala 63:52:freechips.rocketchip.system.TinyConfig.fir@103630.4]
  assign _T_370 = _T_369 == 32'h0; // @[PMP.scala 63:58:freechips.rocketchip.system.TinyConfig.fir@103631.4]
  assign _T_371 = io_pmp_3_cfg_a[0]; // @[PMP.scala 46:26:freechips.rocketchip.system.TinyConfig.fir@103632.4]
  assign _T_376 = {io_pmp_2_addr, 2'h0}; // @[PMP.scala 60:36:freechips.rocketchip.system.TinyConfig.fir@103637.4]
  assign _T_377 = ~ _T_376; // @[PMP.scala 60:29:freechips.rocketchip.system.TinyConfig.fir@103638.4]
  assign _T_378 = _T_377 | 32'h3; // @[PMP.scala 60:48:freechips.rocketchip.system.TinyConfig.fir@103639.4]
  assign _T_379 = ~ _T_378; // @[PMP.scala 60:27:freechips.rocketchip.system.TinyConfig.fir@103640.4]
  assign _T_380 = io_addr < _T_379; // @[PMP.scala 77:9:freechips.rocketchip.system.TinyConfig.fir@103641.4]
  assign _T_381 = _T_380 == 1'h0; // @[PMP.scala 88:5:freechips.rocketchip.system.TinyConfig.fir@103642.4]
  assign _T_387 = _T_381 & _T_292; // @[PMP.scala 94:48:freechips.rocketchip.system.TinyConfig.fir@103648.4]
  assign _T_388 = _T_371 & _T_387; // @[PMP.scala 132:61:freechips.rocketchip.system.TinyConfig.fir@103649.4]
  assign _T_389 = _T_362 ? _T_370 : _T_388; // @[PMP.scala 132:8:freechips.rocketchip.system.TinyConfig.fir@103650.4]
  assign _T_390 = io_pmp_3_cfg_l == 1'h0; // @[PMP.scala 163:29:freechips.rocketchip.system.TinyConfig.fir@103651.4]
  assign _T_443 = io_pmp_3_cfg_r | _T_390; // @[PMP.scala 181:40:freechips.rocketchip.system.TinyConfig.fir@103706.4]
  assign _T_445 = io_pmp_3_cfg_w | _T_390; // @[PMP.scala 182:40:freechips.rocketchip.system.TinyConfig.fir@103709.4]
  assign _T_447 = io_pmp_3_cfg_x | _T_390; // @[PMP.scala 183:40:freechips.rocketchip.system.TinyConfig.fir@103712.4]
  assign _T_449_cfg_x = _T_389 ? _T_447 : _T_361_cfg_x; // @[PMP.scala 184:8:freechips.rocketchip.system.TinyConfig.fir@103715.4]
  assign _T_449_cfg_w = _T_389 ? _T_445 : _T_361_cfg_w; // @[PMP.scala 184:8:freechips.rocketchip.system.TinyConfig.fir@103715.4]
  assign _T_449_cfg_r = _T_389 ? _T_443 : _T_361_cfg_r; // @[PMP.scala 184:8:freechips.rocketchip.system.TinyConfig.fir@103715.4]
  assign _T_450 = io_pmp_2_cfg_a[1]; // @[PMP.scala 45:20:freechips.rocketchip.system.TinyConfig.fir@103716.4]
  assign _T_455 = io_addr ^ _T_379; // @[PMP.scala 63:47:freechips.rocketchip.system.TinyConfig.fir@103721.4]
  assign _T_456 = ~ io_pmp_2_mask; // @[PMP.scala 63:54:freechips.rocketchip.system.TinyConfig.fir@103722.4]
  assign _T_457 = _T_455 & _T_456; // @[PMP.scala 63:52:freechips.rocketchip.system.TinyConfig.fir@103723.4]
  assign _T_458 = _T_457 == 32'h0; // @[PMP.scala 63:58:freechips.rocketchip.system.TinyConfig.fir@103724.4]
  assign _T_459 = io_pmp_2_cfg_a[0]; // @[PMP.scala 46:26:freechips.rocketchip.system.TinyConfig.fir@103725.4]
  assign _T_464 = {io_pmp_1_addr, 2'h0}; // @[PMP.scala 60:36:freechips.rocketchip.system.TinyConfig.fir@103730.4]
  assign _T_465 = ~ _T_464; // @[PMP.scala 60:29:freechips.rocketchip.system.TinyConfig.fir@103731.4]
  assign _T_466 = _T_465 | 32'h3; // @[PMP.scala 60:48:freechips.rocketchip.system.TinyConfig.fir@103732.4]
  assign _T_467 = ~ _T_466; // @[PMP.scala 60:27:freechips.rocketchip.system.TinyConfig.fir@103733.4]
  assign _T_468 = io_addr < _T_467; // @[PMP.scala 77:9:freechips.rocketchip.system.TinyConfig.fir@103734.4]
  assign _T_469 = _T_468 == 1'h0; // @[PMP.scala 88:5:freechips.rocketchip.system.TinyConfig.fir@103735.4]
  assign _T_475 = _T_469 & _T_380; // @[PMP.scala 94:48:freechips.rocketchip.system.TinyConfig.fir@103741.4]
  assign _T_476 = _T_459 & _T_475; // @[PMP.scala 132:61:freechips.rocketchip.system.TinyConfig.fir@103742.4]
  assign _T_477 = _T_450 ? _T_458 : _T_476; // @[PMP.scala 132:8:freechips.rocketchip.system.TinyConfig.fir@103743.4]
  assign _T_478 = io_pmp_2_cfg_l == 1'h0; // @[PMP.scala 163:29:freechips.rocketchip.system.TinyConfig.fir@103744.4]
  assign _T_531 = io_pmp_2_cfg_r | _T_478; // @[PMP.scala 181:40:freechips.rocketchip.system.TinyConfig.fir@103799.4]
  assign _T_533 = io_pmp_2_cfg_w | _T_478; // @[PMP.scala 182:40:freechips.rocketchip.system.TinyConfig.fir@103802.4]
  assign _T_535 = io_pmp_2_cfg_x | _T_478; // @[PMP.scala 183:40:freechips.rocketchip.system.TinyConfig.fir@103805.4]
  assign _T_537_cfg_x = _T_477 ? _T_535 : _T_449_cfg_x; // @[PMP.scala 184:8:freechips.rocketchip.system.TinyConfig.fir@103808.4]
  assign _T_537_cfg_w = _T_477 ? _T_533 : _T_449_cfg_w; // @[PMP.scala 184:8:freechips.rocketchip.system.TinyConfig.fir@103808.4]
  assign _T_537_cfg_r = _T_477 ? _T_531 : _T_449_cfg_r; // @[PMP.scala 184:8:freechips.rocketchip.system.TinyConfig.fir@103808.4]
  assign _T_538 = io_pmp_1_cfg_a[1]; // @[PMP.scala 45:20:freechips.rocketchip.system.TinyConfig.fir@103809.4]
  assign _T_543 = io_addr ^ _T_467; // @[PMP.scala 63:47:freechips.rocketchip.system.TinyConfig.fir@103814.4]
  assign _T_544 = ~ io_pmp_1_mask; // @[PMP.scala 63:54:freechips.rocketchip.system.TinyConfig.fir@103815.4]
  assign _T_545 = _T_543 & _T_544; // @[PMP.scala 63:52:freechips.rocketchip.system.TinyConfig.fir@103816.4]
  assign _T_546 = _T_545 == 32'h0; // @[PMP.scala 63:58:freechips.rocketchip.system.TinyConfig.fir@103817.4]
  assign _T_547 = io_pmp_1_cfg_a[0]; // @[PMP.scala 46:26:freechips.rocketchip.system.TinyConfig.fir@103818.4]
  assign _T_552 = {io_pmp_0_addr, 2'h0}; // @[PMP.scala 60:36:freechips.rocketchip.system.TinyConfig.fir@103823.4]
  assign _T_553 = ~ _T_552; // @[PMP.scala 60:29:freechips.rocketchip.system.TinyConfig.fir@103824.4]
  assign _T_554 = _T_553 | 32'h3; // @[PMP.scala 60:48:freechips.rocketchip.system.TinyConfig.fir@103825.4]
  assign _T_555 = ~ _T_554; // @[PMP.scala 60:27:freechips.rocketchip.system.TinyConfig.fir@103826.4]
  assign _T_556 = io_addr < _T_555; // @[PMP.scala 77:9:freechips.rocketchip.system.TinyConfig.fir@103827.4]
  assign _T_557 = _T_556 == 1'h0; // @[PMP.scala 88:5:freechips.rocketchip.system.TinyConfig.fir@103828.4]
  assign _T_563 = _T_557 & _T_468; // @[PMP.scala 94:48:freechips.rocketchip.system.TinyConfig.fir@103834.4]
  assign _T_564 = _T_547 & _T_563; // @[PMP.scala 132:61:freechips.rocketchip.system.TinyConfig.fir@103835.4]
  assign _T_565 = _T_538 ? _T_546 : _T_564; // @[PMP.scala 132:8:freechips.rocketchip.system.TinyConfig.fir@103836.4]
  assign _T_566 = io_pmp_1_cfg_l == 1'h0; // @[PMP.scala 163:29:freechips.rocketchip.system.TinyConfig.fir@103837.4]
  assign _T_619 = io_pmp_1_cfg_r | _T_566; // @[PMP.scala 181:40:freechips.rocketchip.system.TinyConfig.fir@103892.4]
  assign _T_621 = io_pmp_1_cfg_w | _T_566; // @[PMP.scala 182:40:freechips.rocketchip.system.TinyConfig.fir@103895.4]
  assign _T_623 = io_pmp_1_cfg_x | _T_566; // @[PMP.scala 183:40:freechips.rocketchip.system.TinyConfig.fir@103898.4]
  assign _T_625_cfg_x = _T_565 ? _T_623 : _T_537_cfg_x; // @[PMP.scala 184:8:freechips.rocketchip.system.TinyConfig.fir@103901.4]
  assign _T_625_cfg_w = _T_565 ? _T_621 : _T_537_cfg_w; // @[PMP.scala 184:8:freechips.rocketchip.system.TinyConfig.fir@103901.4]
  assign _T_625_cfg_r = _T_565 ? _T_619 : _T_537_cfg_r; // @[PMP.scala 184:8:freechips.rocketchip.system.TinyConfig.fir@103901.4]
  assign _T_626 = io_pmp_0_cfg_a[1]; // @[PMP.scala 45:20:freechips.rocketchip.system.TinyConfig.fir@103902.4]
  assign _T_631 = io_addr ^ _T_555; // @[PMP.scala 63:47:freechips.rocketchip.system.TinyConfig.fir@103907.4]
  assign _T_632 = ~ io_pmp_0_mask; // @[PMP.scala 63:54:freechips.rocketchip.system.TinyConfig.fir@103908.4]
  assign _T_633 = _T_631 & _T_632; // @[PMP.scala 63:52:freechips.rocketchip.system.TinyConfig.fir@103909.4]
  assign _T_634 = _T_633 == 32'h0; // @[PMP.scala 63:58:freechips.rocketchip.system.TinyConfig.fir@103910.4]
  assign _T_635 = io_pmp_0_cfg_a[0]; // @[PMP.scala 46:26:freechips.rocketchip.system.TinyConfig.fir@103911.4]
  assign _T_652 = _T_635 & _T_556; // @[PMP.scala 132:61:freechips.rocketchip.system.TinyConfig.fir@103928.4]
  assign _T_653 = _T_626 ? _T_634 : _T_652; // @[PMP.scala 132:8:freechips.rocketchip.system.TinyConfig.fir@103929.4]
  assign _T_654 = io_pmp_0_cfg_l == 1'h0; // @[PMP.scala 163:29:freechips.rocketchip.system.TinyConfig.fir@103930.4]
  assign _T_707 = io_pmp_0_cfg_r | _T_654; // @[PMP.scala 181:40:freechips.rocketchip.system.TinyConfig.fir@103985.4]
  assign _T_709 = io_pmp_0_cfg_w | _T_654; // @[PMP.scala 182:40:freechips.rocketchip.system.TinyConfig.fir@103988.4]
  assign _T_711 = io_pmp_0_cfg_x | _T_654; // @[PMP.scala 183:40:freechips.rocketchip.system.TinyConfig.fir@103991.4]
  assign io_r = _T_653 ? _T_707 : _T_625_cfg_r; // @[PMP.scala 187:8:freechips.rocketchip.system.TinyConfig.fir@103995.4]
  assign io_w = _T_653 ? _T_709 : _T_625_cfg_w; // @[PMP.scala 188:8:freechips.rocketchip.system.TinyConfig.fir@103996.4]
  assign io_x = _T_653 ? _T_711 : _T_625_cfg_x; // @[PMP.scala 189:8:freechips.rocketchip.system.TinyConfig.fir@103997.4]
endmodule